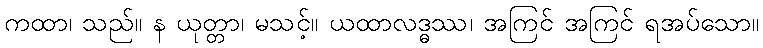
ကထာ၊ သည်။ န ယုတ္တာ၊ မသင့်။ ယထာလဒ္ဓဿ၊ အကြင် အကြင် ရအပ်သော။